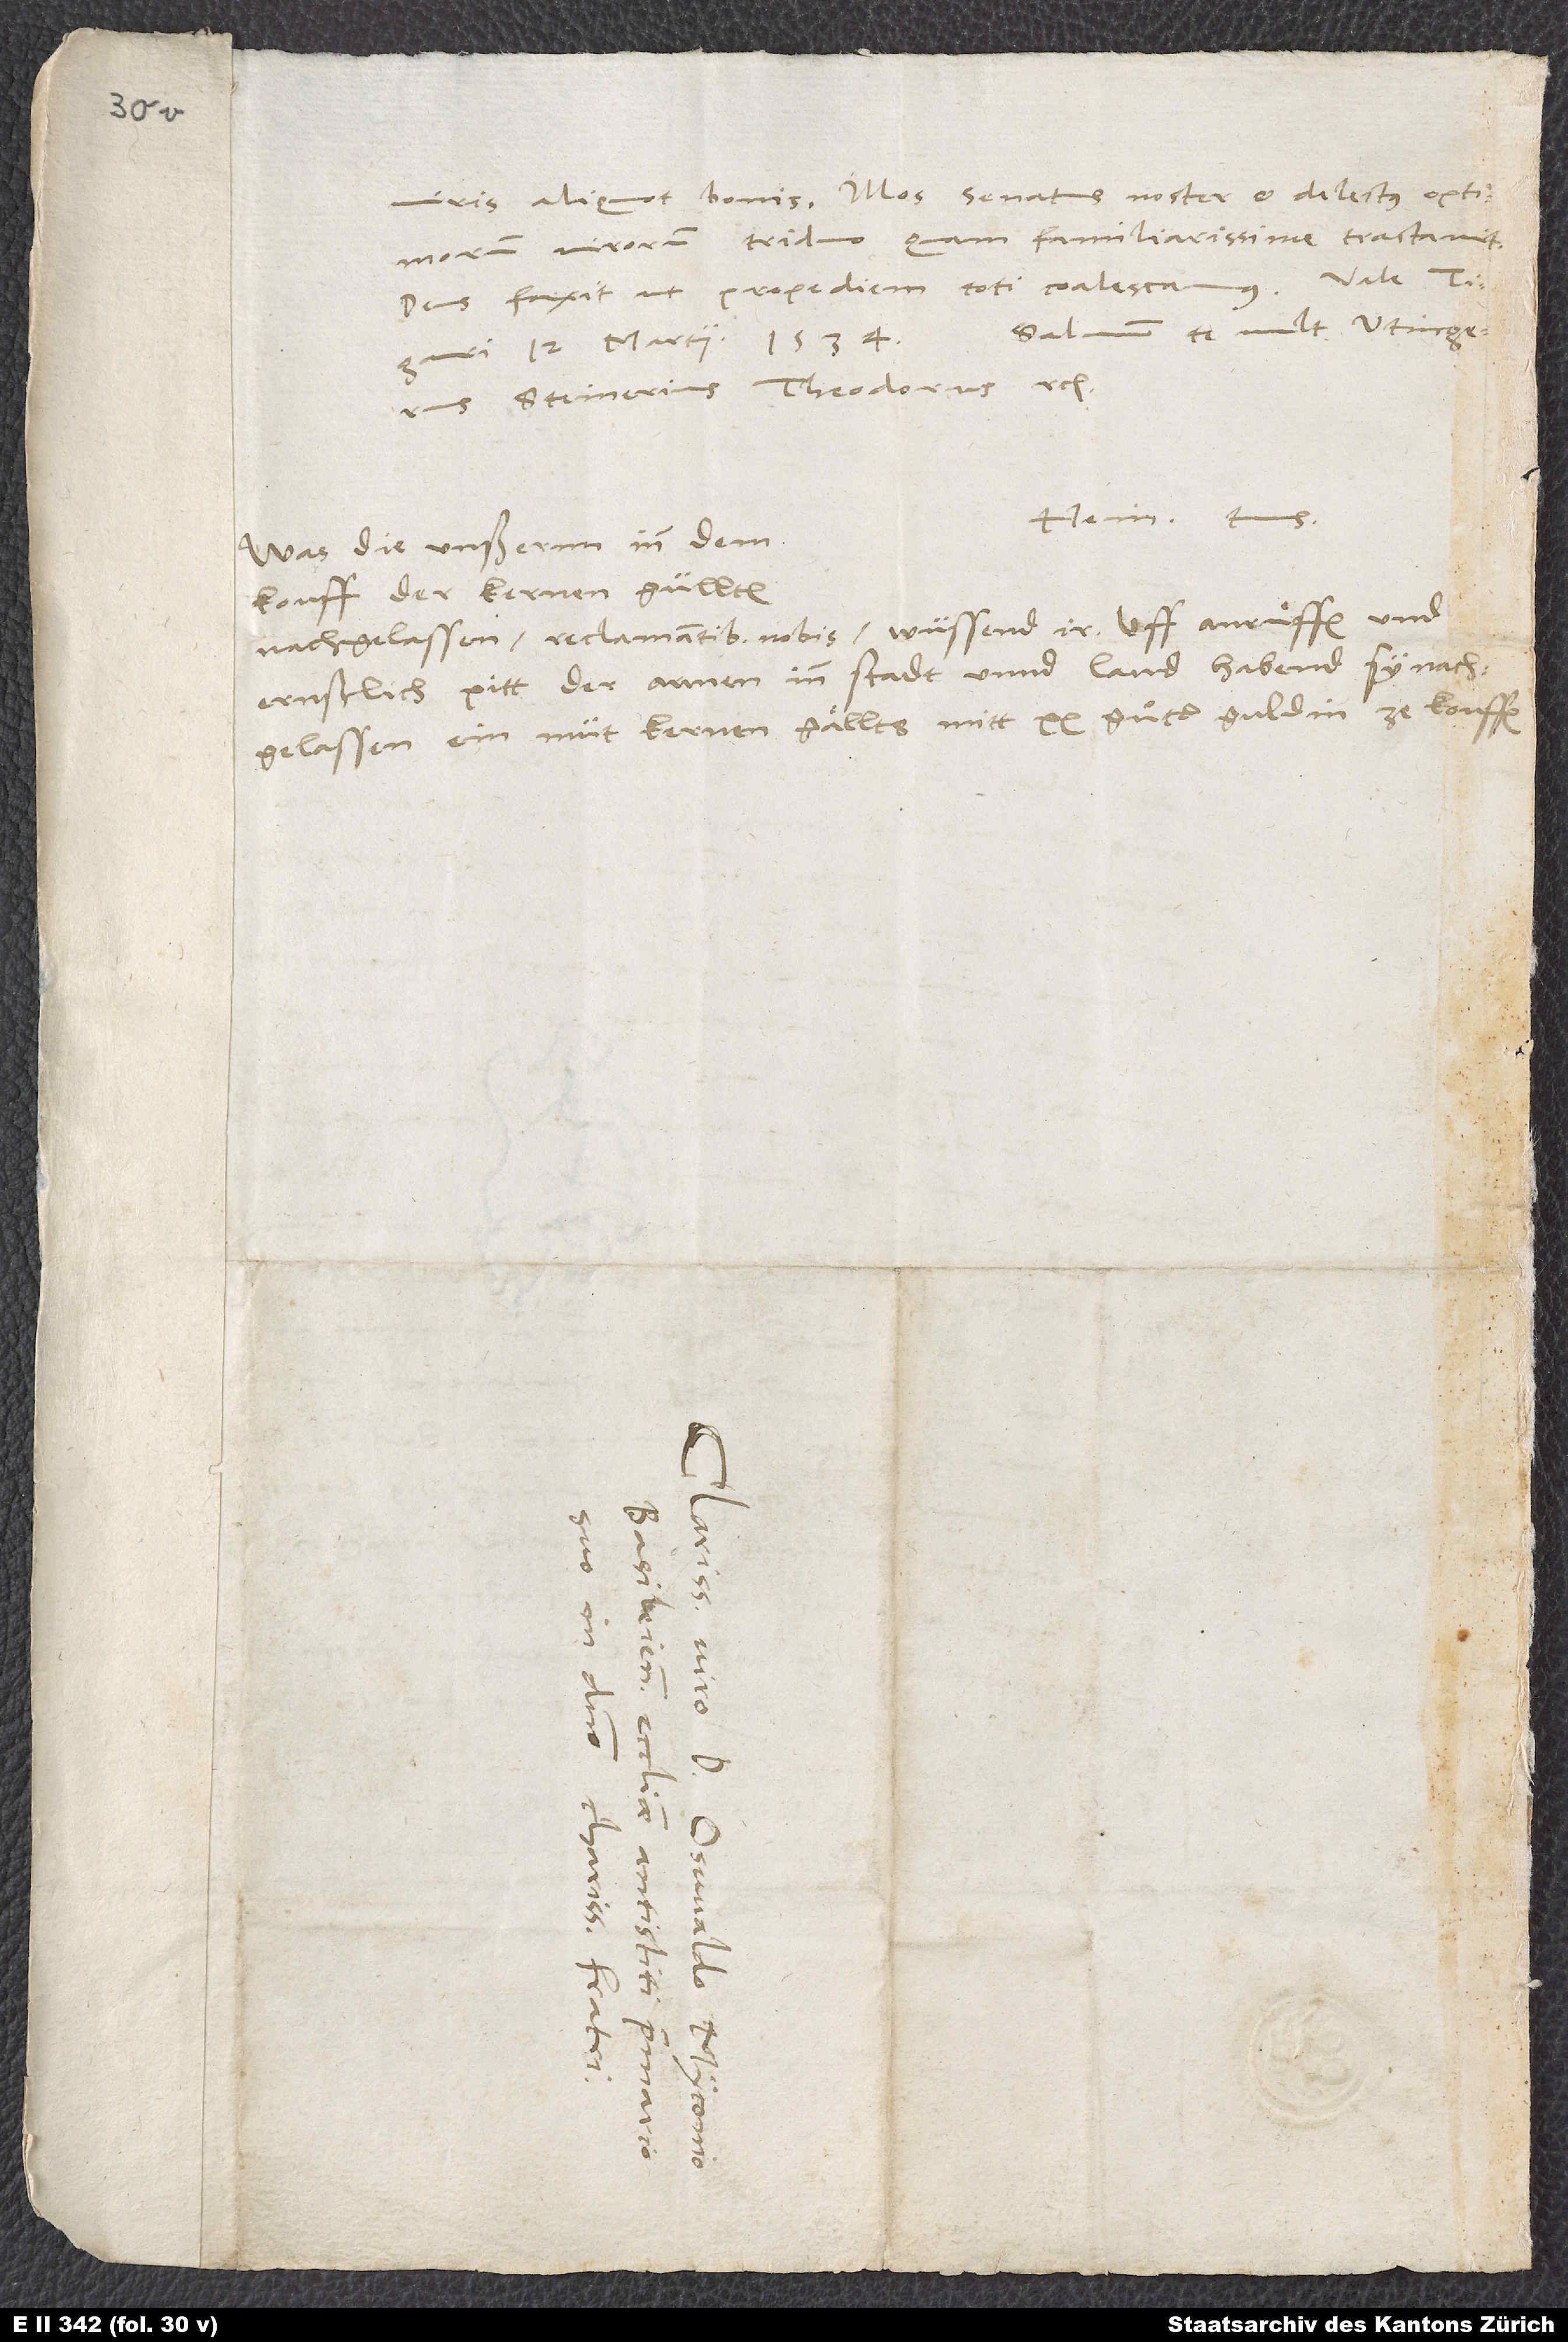
viris aliquot bonis. Illos senatus noster et delectus optimorum
virorum triduo quam familiarissime tractav.
Deus faxit, ut propediem toti coalescamus.
Salvum te vult Utingerus,
12. martii 1534.
Steinerius, Theodorus etc.
Hein. tuus.
Was die unßernn inn dem
kouff der kernen güllten
nachgelassen reclamantibus nobis, wüssend ir. Uff anruͤffen und
ernstlich pitt der armen inn stadt unnd land habend sy na.
d.
S.